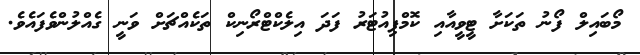
މޯބައިލް ފޯނު ތަކަށާ ޓީވީއާއި ކޮމްޕިއުޓަރު ފަދަ އިލެކްޓްރޯނިކް ތަކެއްޗަށް ވަނީ ގެއްލުންވެފައެވެ.